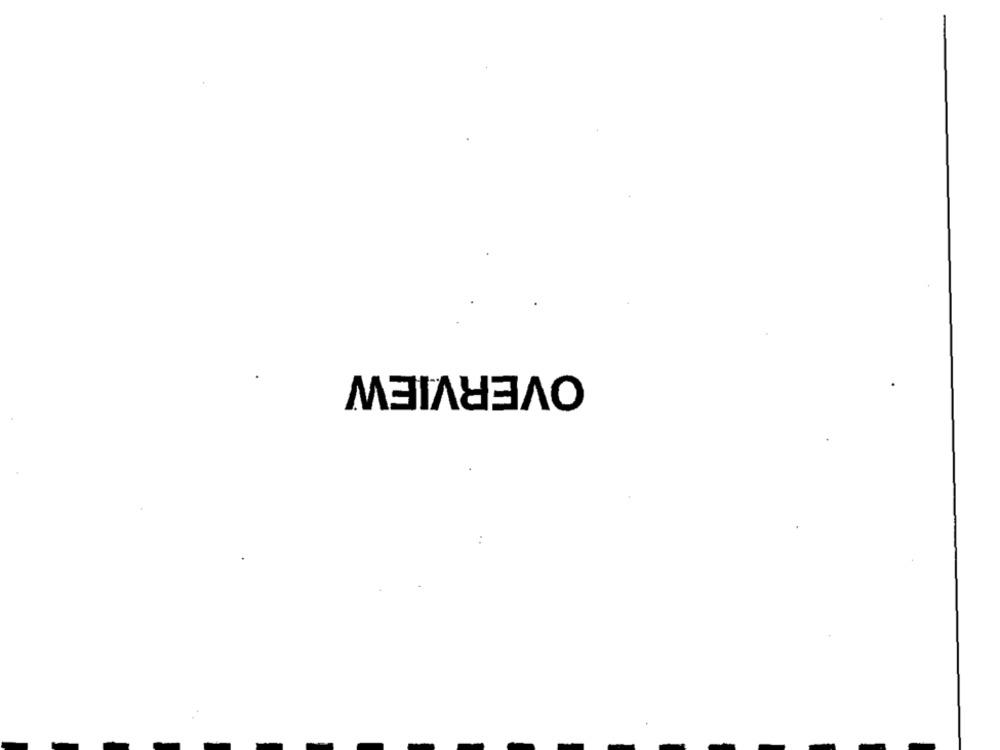
OVERVIEW